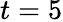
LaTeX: t=5